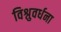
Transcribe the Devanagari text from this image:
विश्नुवर्धना